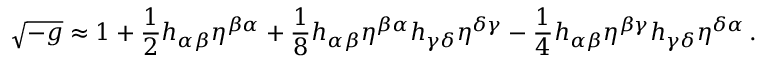
{ \sqrt { - g } } \approx 1 + { \frac { 1 } { 2 } } h _ { \alpha \beta } \eta ^ { \beta \alpha } + { \frac { 1 } { 8 } } h _ { \alpha \beta } \eta ^ { \beta \alpha } h _ { \gamma \delta } \eta ^ { \delta \gamma } - { \frac { 1 } { 4 } } h _ { \alpha \beta } \eta ^ { \beta \gamma } h _ { \gamma \delta } \eta ^ { \delta \alpha } \, .